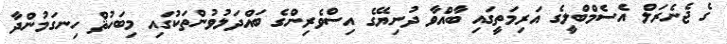
ގެ ޖެނެރަލް އެސެމްބްލީގެ އަރިމަތީގައި ބާއްވާ ދުނިޔޭގެ އިސްވެރިންގެ ބައްދަލުވުންތަކުގައި މިބަހުޘް ހިނގަމުންދާ